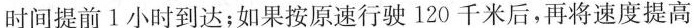
时间提前1小时到达；如果按原速行驶120千米后，再将速度提高